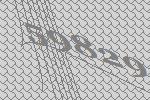
59829